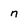
Character: n